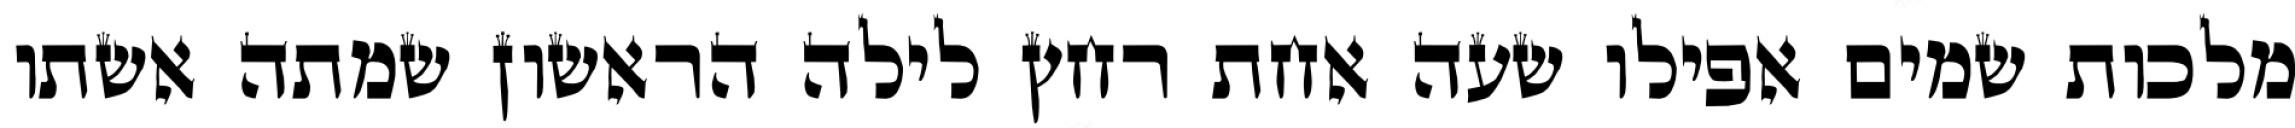
מלכות שמים אפילו שעה אחת רחץ לילה הראשון שמתה אשתו